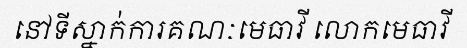
នៅទីស្នាក់ការគណៈមេធាវី លោកមេធាវី